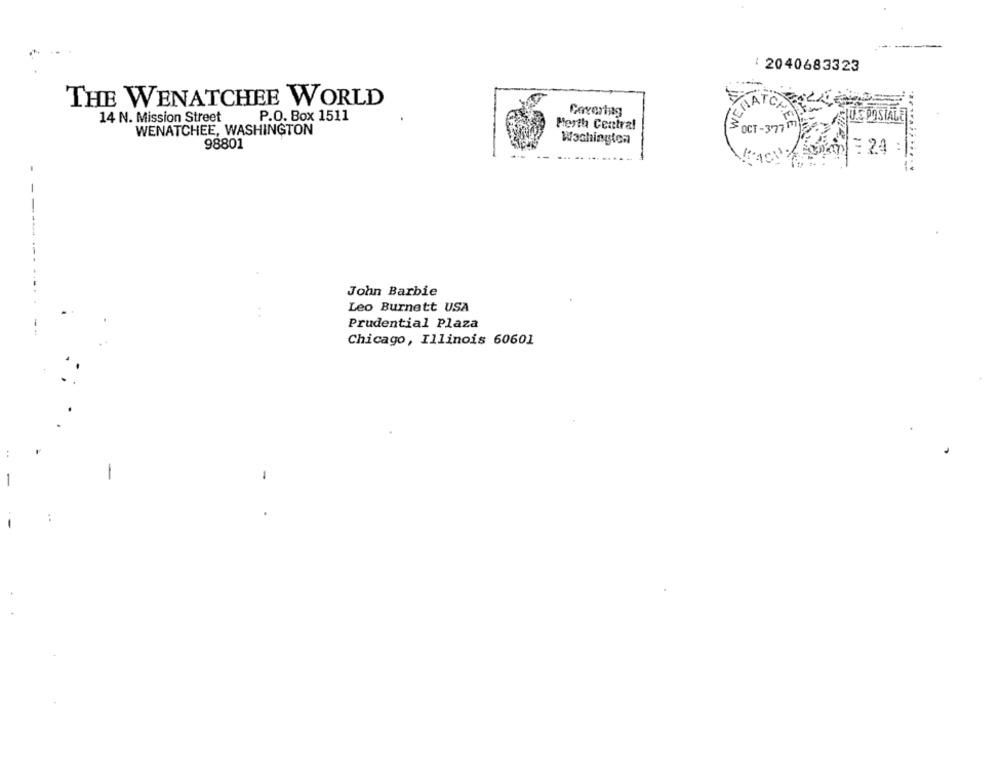
------
: 2040683323
THE WENATCHEE WORLD
14 N. Mission Street
P.O. Box 1511
Covering
TERATCHE
JUS POSTALE
WENATCHEE, WASHINGTON
Merth Central
OCT-3'77
Washington
98801
LORS = 24 :
----
John Barbie
Leo Burnett USA
..
Prudential Plaza
Chicago, Illinois 60601
-
-